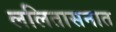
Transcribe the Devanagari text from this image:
ललितासनात